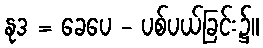
နုဒ = ခေပေ - ပစ်ပယ်ခြင်း၌။